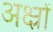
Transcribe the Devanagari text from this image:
अक्ष्रों